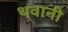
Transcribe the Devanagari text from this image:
थवानी